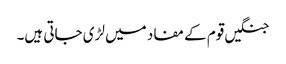
جنگیں قوم کے مفاد میں لڑی جاتی ہیں۔